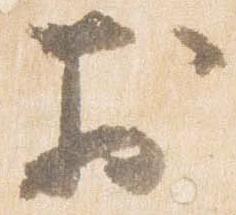
於